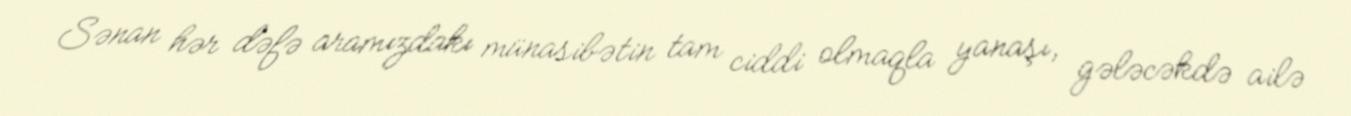
Sənan hər dəfə aramızdakı münasibətin tam ciddi olmaqla yanaşı, gələcəkdə ailə